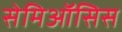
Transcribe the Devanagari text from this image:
सेमिऑसिस